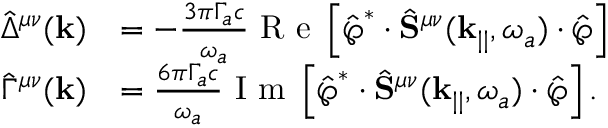
\begin{array} { r l } { \hat { \Delta } ^ { \mu \nu } ( \mathbf { k } ) } & { = - \frac { 3 \pi \Gamma _ { a } c } { \omega _ { a } } \textrm { R e } \left[ \hat { \boldsymbol { \wp } } ^ { * } \cdot \hat { \mathbf { S } } ^ { \mu \nu } ( \mathbf { k } _ { | | } , \omega _ { a } ) \cdot \hat { \boldsymbol { \wp } } \right] } \\ { \hat { \Gamma } ^ { \mu \nu } ( \mathbf { k } ) } & { = \frac { 6 \pi \Gamma _ { a } c } { \omega _ { a } } \textrm { I m } \left[ \hat { \boldsymbol { \wp } } ^ { * } \cdot \hat { \mathbf { S } } ^ { \mu \nu } ( \mathbf { k } _ { | | } , \omega _ { a } ) \cdot \hat { \boldsymbol { \wp } } \right] . } \end{array}